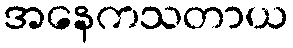
အနေကသတာယ